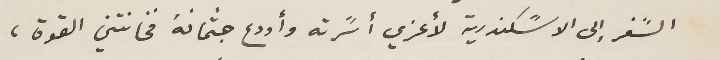
السًفر إلى الاسًكندرية لأعزي أسًرته وأودع جثمانهُ فخانتني القوة،